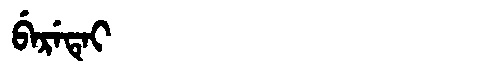
Manchu: ᠪᡝᡵᡝᡨᡝᡳ
Romanization: BERETEI